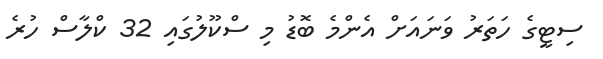
ސިޓީގެ ހަތަރު ވަނައަށް އެންމެ ބޮޑު މި ސްކޫލުގައި 32 ކްލާސް ހުރެ